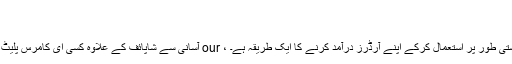
at 03 / 26 / 2018
ایکسل کے احکامات
آسانی سے شاپائف کے علاوہ کسی ای کامرس پلیٹ فارم سے آرڈر دینے کے ل our ، ہمارے ایکسل ٹیمپلیٹ کو دستی طور پر استعمال کرکے اپنے آرڈرز درآمد کرنے کا ایک طریقہ ہے۔